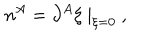
n ^ { A } = \partial ^ { A } \xi ~ | _ { \xi = 0 } ~ ,